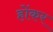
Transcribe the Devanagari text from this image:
होंकर